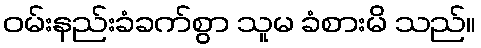
ဝမ်းနည်းခံခက်စွာ သူမ ခံစားမိ သည်။